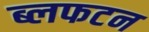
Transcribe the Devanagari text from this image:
ब्लफटन